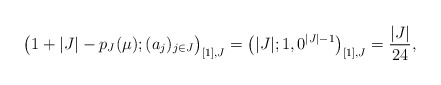
\begin{align*}\big(1+|J|-p_J(\mu);(a_j)_{j\in J}\big)_{[1],J}=\big(|J|;1,0^{|J|-1}\big)_{[1],J}=\frac{|J|}{24},\end{align*}